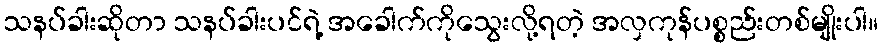
သနပ်ခါးဆိုတာ သနပ်ခါးပင်ရဲ့ အခေါက်ကိုသွေးလို့ရတဲ့ အလှကုန်ပစ္စည်းတစ်မျိုးပါ။